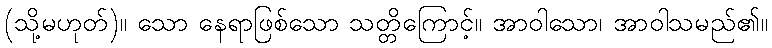
(သို့မဟုတ်)။ သော နေရာဖြစ်သော သတ္တိကြောင့်။ အာဝါသော၊ အာဝါသမည်၏။